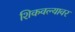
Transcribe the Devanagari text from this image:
शिकवल्यावर